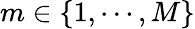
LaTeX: m\in\{ 1,\cdots,M\}